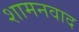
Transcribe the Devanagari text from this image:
शामनवाद